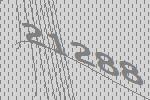
21288